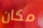
مكان